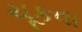
ચૂકવા